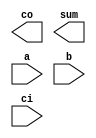
module adder_t6 (co, sum, a, b, ci);
 output co;
 output [3:0] sum;
 input [3:0] a, b;
 input ci;
 reg co;
 reg [3:0] sum;

 always @(a or b or ci)
`ifdef CORRECT_RHS_NON_BLOCKING
    {co, sum} <= #12 a + b + ci;
`else
    `ifdef INCORRECT_LHS_BLOCKING
        #12 {co, sum} = a + b + ci;
    `else
        `ifdef INCORRECT_RHS_BLOCKING
            {co, sum} = #12 a + b + ci;
        `else
            $write(""); // noop
        `endif
    `endif
`endif

`ifdef CONTINUOUS_ASSIGN
    // output is delayed until all inputs have been stable for at least 12 ns - so output wil be continuously deferred
    assign #12 {co, sum} =  (a + b + 4'(ci));
`endif

endmodule